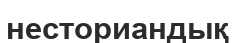
несториандық